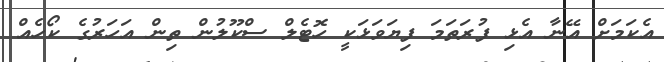
އެކަމަށް އޭނާ އެޅި ފުރަތަމަ ފިޔަވަޅަކީ ހޮޓެލް ސްކޫލުން ތިން އަހަރުގެ ކޯހެއް